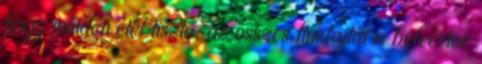
hogy minden étel tiszta, az összes húsfajtát is beleértve